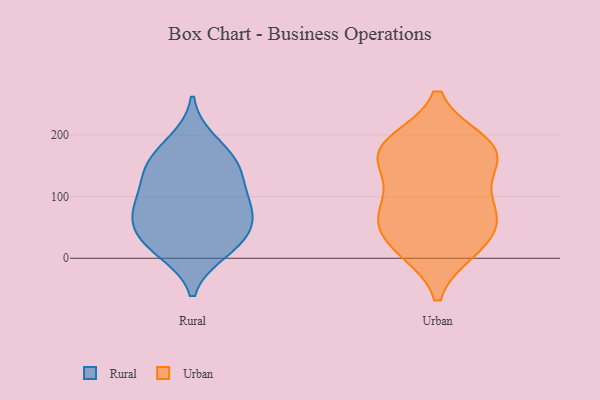
{"axis": {"x": "Conversion Rate (%)", "y": "Value"}, "legend": ["Rural", "Urban"], "data": [{"x": "", "y": 12, "type": "Rural"}, {"x": "", "y": 145, "type": "Rural"}, {"x": "", "y": 37, "type": "Rural"}, {"x": "", "y": 161, "type": "Rural"}, {"x": "", "y": 17, "type": "Rural"}, {"x": "", "y": 40, "type": "Rural"}, {"x": "", "y": 123, "type": "Rural"}, {"x": "", "y": 189, "type": "Rural"}, {"x": "", "y": 83, "type": "Rural"}, {"x": "", "y": 149, "type": "Rural"}, {"x": "", "y": 88, "type": "Rural"}, {"x": "", "y": 64, "type": "Rural"}, {"x": "", "y": 81, "type": "Rural"}, {"x": "", "y": 64, "type": "Urban"}, {"x": "", "y": 76, "type": "Urban"}, {"x": "", "y": 179, "type": "Urban"}, {"x": "", "y": 170, "type": "Urban"}, {"x": "", "y": 15, "type": "Urban"}, {"x": "", "y": 187, "type": "Urban"}, {"x": "", "y": 26, "type": "Urban"}, {"x": "", "y": 141, "type": "Urban"}, {"x": "", "y": 159, "type": "Urban"}, {"x": "", "y": 21, "type": "Urban"}, {"x": "", "y": 81, "type": "Urban"}, {"x": "", "y": 183, "type": "Urban"}, {"x": "", "y": 79, "type": "Urban"}]}